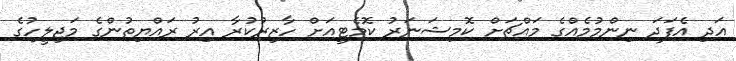
އަދި އެފަދަ ނިންމުމެއްގެ މައްޗަށް ކޮމިޝަނަރު ކޮމެޓީއަށް ހާޒިރުކުރާ އިރު ރައްޔިތުންގެ މަޖިލީހުގެ